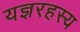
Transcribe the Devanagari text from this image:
यज्ञरहस्य